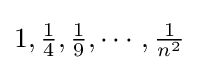
1,{\tfrac {1}{4}},{\tfrac {1}{9}},\cdots ,{\tfrac {1}{n^{2}}}